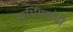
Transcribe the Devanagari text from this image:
पार्थियनांची